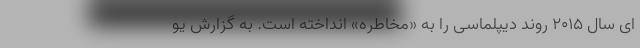
ای سال ۲۰۱۵ روند دیپلماسی را به «مخاطره» انداخته است. به گزارش یو